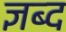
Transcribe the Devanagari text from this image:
ज्ञब्द